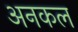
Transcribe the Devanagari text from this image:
अनकल